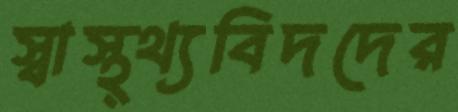
স্বাস্থ্থ্যবিদদের